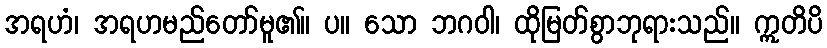
အရဟံ၊ အရဟမည်တော်မူ၏။ ပ။ သော ဘဂဝါ၊ ထိုမြတ်စွာဘုရားသည်။ ဣတိပိ